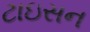
ટાઇસન